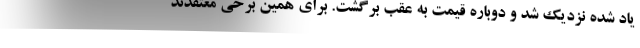
یاد شده نزدیک شد و دوباره قیمت به عقب برگشت. برای همین برخی معتقدند